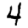
Digit: 4